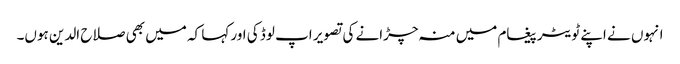
انہوں نے اپنے ٹویٹر پیغام میں منہ چڑانے کی تصویر اپ لوڈ کی اور کہا کہ میں بھی صلاح الدین ہوں۔